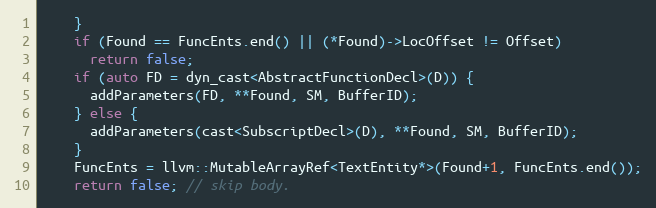
Language: C++
    }
    if (Found == FuncEnts.end() || (*Found)->LocOffset != Offset)
      return false;
    if (auto FD = dyn_cast<AbstractFunctionDecl>(D)) {
      addParameters(FD, **Found, SM, BufferID);
    } else {
      addParameters(cast<SubscriptDecl>(D), **Found, SM, BufferID);
    }
    FuncEnts = llvm::MutableArrayRef<TextEntity*>(Found+1, FuncEnts.end());
    return false; // skip body.